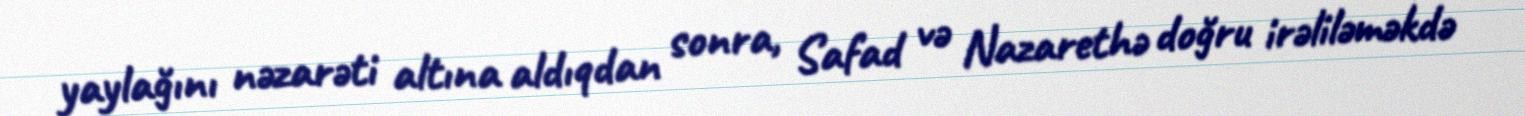
yaylağını nəzarəti altına aldıqdan sonra, Safad və Nazarethə doğru irəliləməkdə